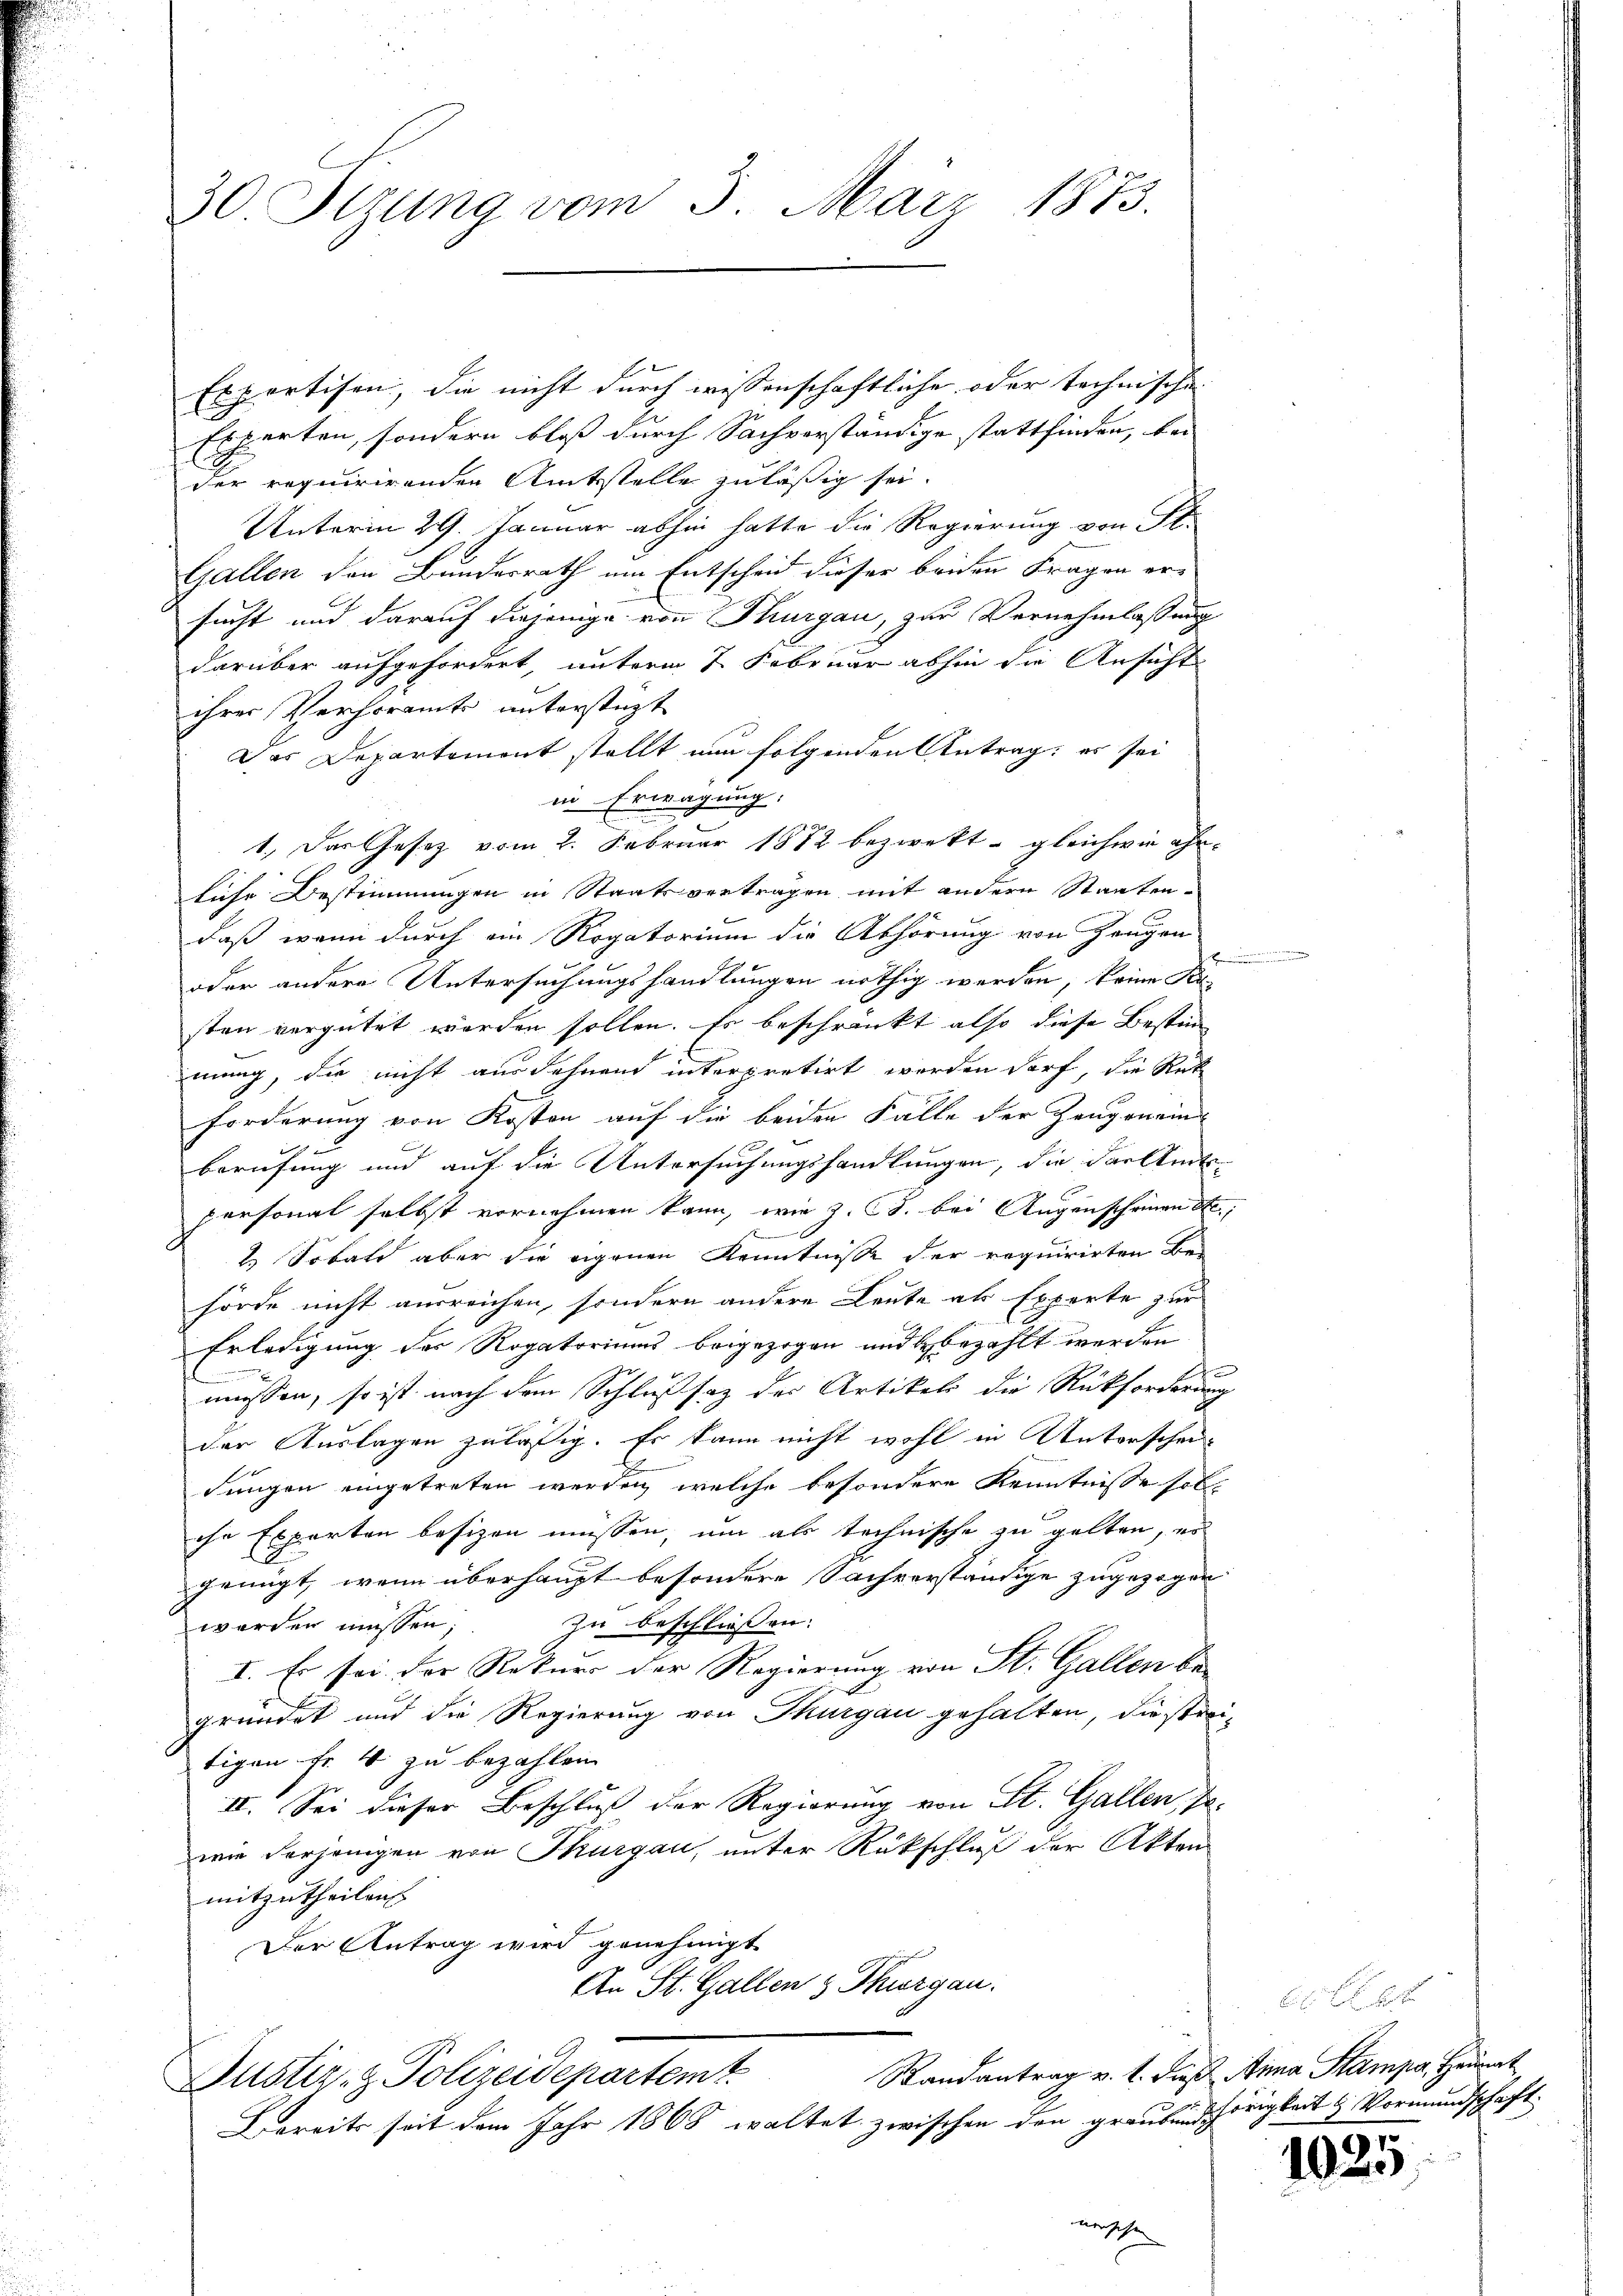
30 Stzung vom 3. März 1873.

Exportisen, die nicht durch wissenschaftliche oder technische
Experten, sondern bloß durch Sachverständige stattfinden, bei
der requirirenden Amtsstelle zuläßig sei.
Unterm 29. Januar abhin hatte die Regierung von St.
Gallen den Bundesrath um Entscheid dieser beiden Fragen ersucht und darauf diejenige von Thurgau, zur Vernehmlassung
darüber aufgefordert, unterm 7. Februar abhin die Ansicht
ihrer Verhöramts unterstüzt
Das Departement stellt nun folgenden Antrag: es sei
in Erwägung,
1.) Das Gesetz vom 2. Februar 1882 bezwekt - gleichwie ahn-
liche Bestimmungen in Staatsvertragen mit andern Staaten-
daß wenn durch ein Rogatorium die Abhörung von Zeugen
oder andere Untersuchungshandlungen nöthig werden, keine Kasten vergütet worden sollen. Es beschränkt also diese Bestim
mung, die nicht ausdehnend interpretirt werden darf, die Rek
forderung von Kosten auf die beiden Falle der Zeugenein
berufung und auf die Untersuchungshandlungen, die das Amtspersonal selbst vornehmen kann, wie z. B. bei Augenscheinen Ste
 Sobald aber die eigenen Kenntnisse der requirirten Be-
hörde nicht ausreichen, sondern andere Leute als Experte zur
Erledigung der Rogatoriums beigezogen und bezahlt werden
.
müssen, so ist nach dem Schlußsaz der Artikels die Rückforderung
der Auslagen zuläßig. Er kann nicht wohl in Unterschei-
dungen eingetreten werden, welche besondere Kenntnisse soll
che Experten besizen müssen, um als technische zu gelten, er
gringt, wenn überhaupt besondere Sachverständige zugezogen
Zu beschliessen:
worden müssen;
I. Es sei der Rekurs der Regierung von St. Gallen begründet und die Regierung von Thurgau gehalten, die streitigen Fr. 4 zu bezahlen.
II. Sei dieser Beschluß der Regierung von St. Gallen, so
wie derjenigen von Thurgau, unter Rückschluß der Akten
mitzutheilen.
Der Antrag wird genehmigt
An St. Gallen 3 Thurgau.
Randantrag v. 1. dieß Anna Stampa. Heurat
Justiz- & Polizeidepartemt
Bereits seit dem Jahr 1868 waltet zwischen den graubund hörigkeit & Vormundschaft
merschen |

7
1020